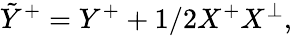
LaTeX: \tilde{Y}^{+}=Y^{+}+1/2X^{+}X^{\perp},